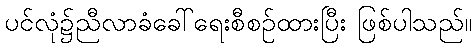
ပင်လုံ၌ညီလာခံခေါ်ရေးစီစဉ်ထားပြီး ဖြစ်ပါသည်။